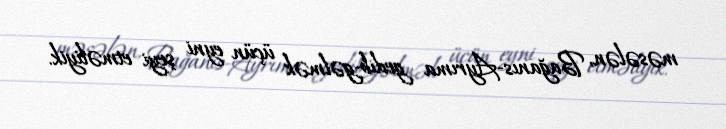
məsələn, Bağanıs-Ayrıma gedib-gəlmək üçün eyni şeyi etməliyik.